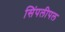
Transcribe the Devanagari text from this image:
सिंपलीपल